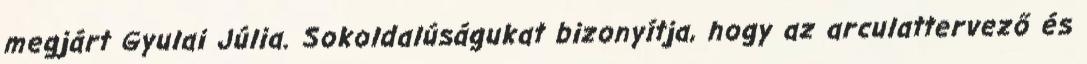
megjárt Gyulai Júlia. Sokoldalúságukat bizonyítja, hogy az arculattervező és